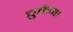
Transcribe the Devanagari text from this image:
चुकेगा